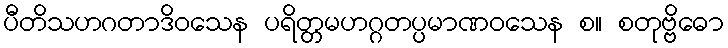
ပီတိသဟဂတာဒိဝသေန ပရိတ္တမဟဂ္ဂတပ္ပမာဏဝသေန စ။ စတုဗ္ဗိဓော